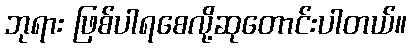
ဘုရား ဖြစ်ပါရစေလို့ဆုတောင်းပါတယ်။